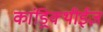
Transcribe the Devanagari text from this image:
कांड्रिक्थीईज़